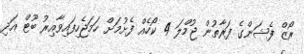
ރޯޒް ފެޝަންގެ ފަރާތުން ޖުމްލަ 4 ކޯހެއް ފެށުމަށް ހަމަޖެހިފައިވާއިރު ބޫޓް އަދި